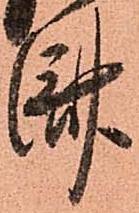
濟